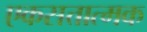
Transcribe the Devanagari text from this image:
एकसत्तात्मक